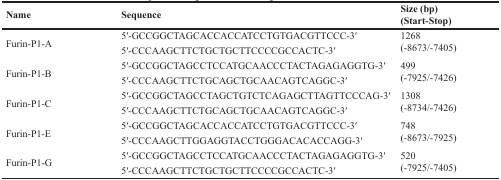
<table><thead><tr><td><b>Name</b></td><td><b>Sequence</b></td><td><b>Size (bp) (Start-Stop)</b></td></tr></thead><tbody><tr><td rowspan="2">Furin-P1-A</td><td>5′-GCCGGCTAGCACCACCATCCTGTGACGTTCCC-3′</td><td>1268</td></tr><tr><td>5′-CCCAAGCTTCTGCTGCTTCCCCGCCACTC-3′</td><td>(−8673/−7405)</td></tr><tr><td rowspan="2">Furin-P1-B</td><td>5′-GCCGGCTAGCCTCCATGCAACCCTACTAGAGAGGTG-3′</td><td>499</td></tr><tr><td>5′-CCCAAGCTTCTGCAGCTGCAACAGTCAGGC-3′</td><td>(−7925/−7426)</td></tr><tr><td rowspan="2">Furin-P1-C</td><td>5′-GCCGGCTAGCCTAGCTGTCTCAGAGCTTAGTTCCCAG-3′</td><td>1308</td></tr><tr><td>5′-CCCAAGCTTCTGCAGCTGCAACAGTCAGGC-3′</td><td>(−8734/−7426)</td></tr><tr><td rowspan="2">Furin-P1-E</td><td>5′-GCCGGCTAGCACCACCATCCTGTGACGTTCCC-3′</td><td>748</td></tr><tr><td>5′-CCCAAGCTTGGAGGTACCTGGGACACACCAGG-3′</td><td>(−8673/−7925)</td></tr><tr><td rowspan="2">Furin-P1-G</td><td>5′-GCCGGCTAGCCTCCATGCAACCCTACTAGAGAGGTG-3′</td><td>520</td></tr><tr><td>5′-CCCAAGCTTCTGCTGCTTCCCCGCCACTC-3′</td><td>(−7925/−7405)</td></tr></tbody></table>